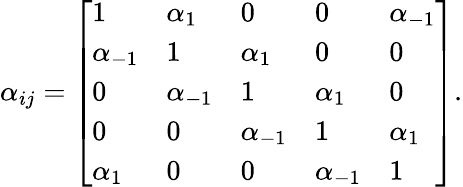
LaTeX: \alpha_{ij}={\left[\begin{array}{lllll}{1}&{\alpha_{1}}&{0}&{0}&{\alpha_{-1}}\\ {\alpha_{-1}}&{1}&{\alpha_{1}}&{0}&{0}\\ {0}&{\alpha_{-1}}&{1}&{\alpha_{1}}&{0}\\ {0}&{0}&{\alpha_{-1}}&{1}&{\alpha_{1}}\\ {\alpha_{1}}&{0}&{0}&{\alpha_{-1}}&{1}\end{array}\right]}.